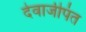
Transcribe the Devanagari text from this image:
देवाजीपंत